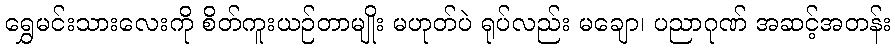
ရွှေမင်းသားလေးကို စိတ်ကူးယဉ်တာမျိုး မဟုတ်ပဲ ရုပ်လည်း မချော၊ ပညာဂုဏ် အဆင့်အတန်း